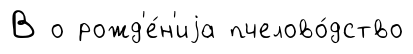
В о рожд'е́н'иjа пчелово́дство